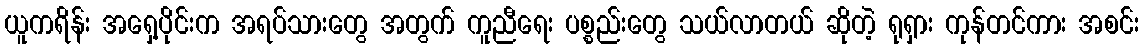
ယူကရိန်း အရှေ့ပိုင်းက အရပ်သားတွေ အတွက် ကူညီရေး ပစ္စည်းတွေ သယ်လာတယ် ဆိုတဲ့ ရုရှား ကုန်တင်ကား အစင်း